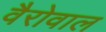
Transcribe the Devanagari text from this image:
वैरोवाल